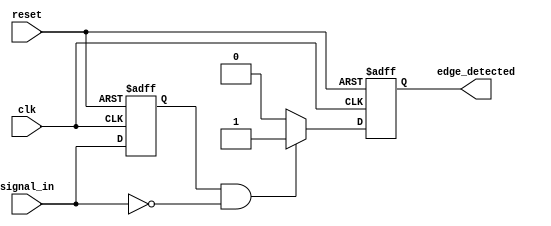
module negative_edge_detector (
    input wire clk,            // Clock input
    input wire reset,          // Asynchronous reset input
    input wire signal_in,      // Input signal to detect negative edge
    output reg edge_detected    // Output signal indicating negative edge detection
);

    reg signal_in_prev;        // Memory element to store previous state of signal_in

    // Asynchronous reset and edge detection logic
    always @(posedge clk or posedge reset) begin
        if (reset) begin
            signal_in_prev <= 1'b0; // Initialize previous state to low on reset
            edge_detected <= 1'b0;   // Initialize edge_detected to low on reset
        end else begin
            // Edge detection logic
            if (signal_in_prev == 1'b1 && signal_in == 1'b0) begin
                edge_detected <= 1'b1; // Negative edge detected
            end else begin
                edge_detected <= 1'b0; // No edge detected
            end
            
            // Update previous state
            signal_in_prev <= signal_in; // Store current state for next cycle
        end
    end

endmodule